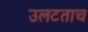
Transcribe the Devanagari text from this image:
उलटताच